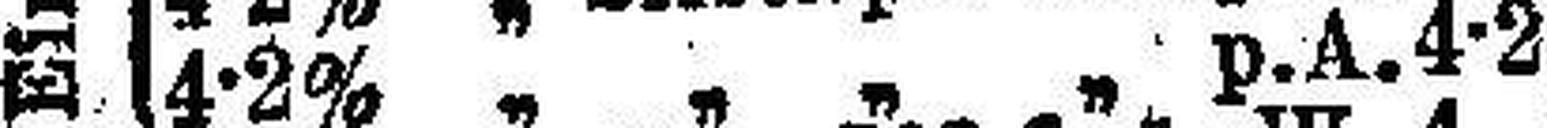
4-2% „ „ „ „ p.A.4-2